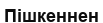
Пішкеннен